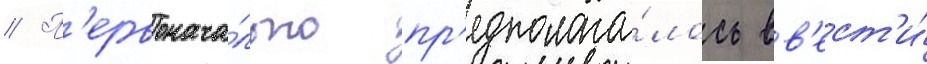
// П'ервонача́льно пр'едполага́лось вв'ест'и́